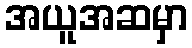
အယူအဆမှာ